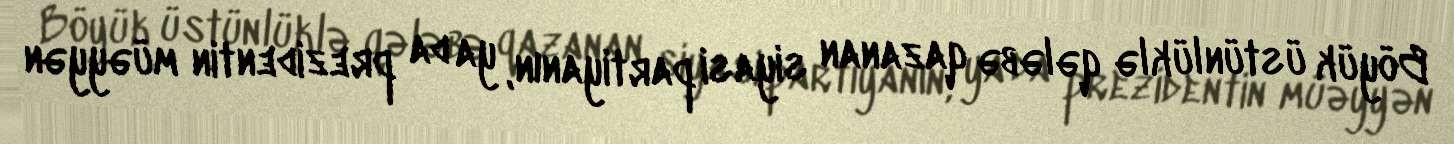
Böyük üstünlüklə qələbə qazanan siyasi partiyanın, ya da prezidentin müəyyən